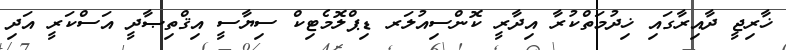
ޚާރިޖީ ދާއިރާގައި ޚިދުމަތްކުރާ އިދާރީ ކޮންސިއުލަރ ޑިޕްލޮމެޓިކް ސިޔާސީ އިޤްތިޞާދީ އަސްކަރީ އަދި